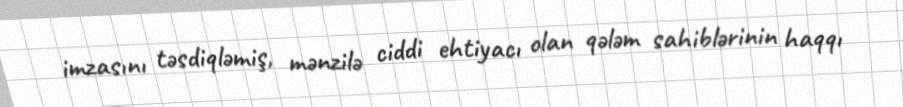
imzasını təsdiqləmiş, mənzilə ciddi ehtiyacı olan qələm sahiblərinin haqqı